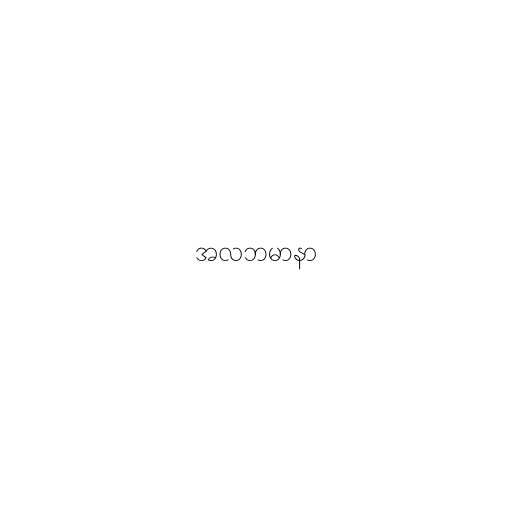
အလဘမာနာ